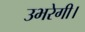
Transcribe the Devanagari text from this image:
उभरेगी।